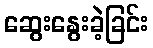
ဆွေးနွေးခဲ့ခြင်း